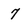
Character: 7